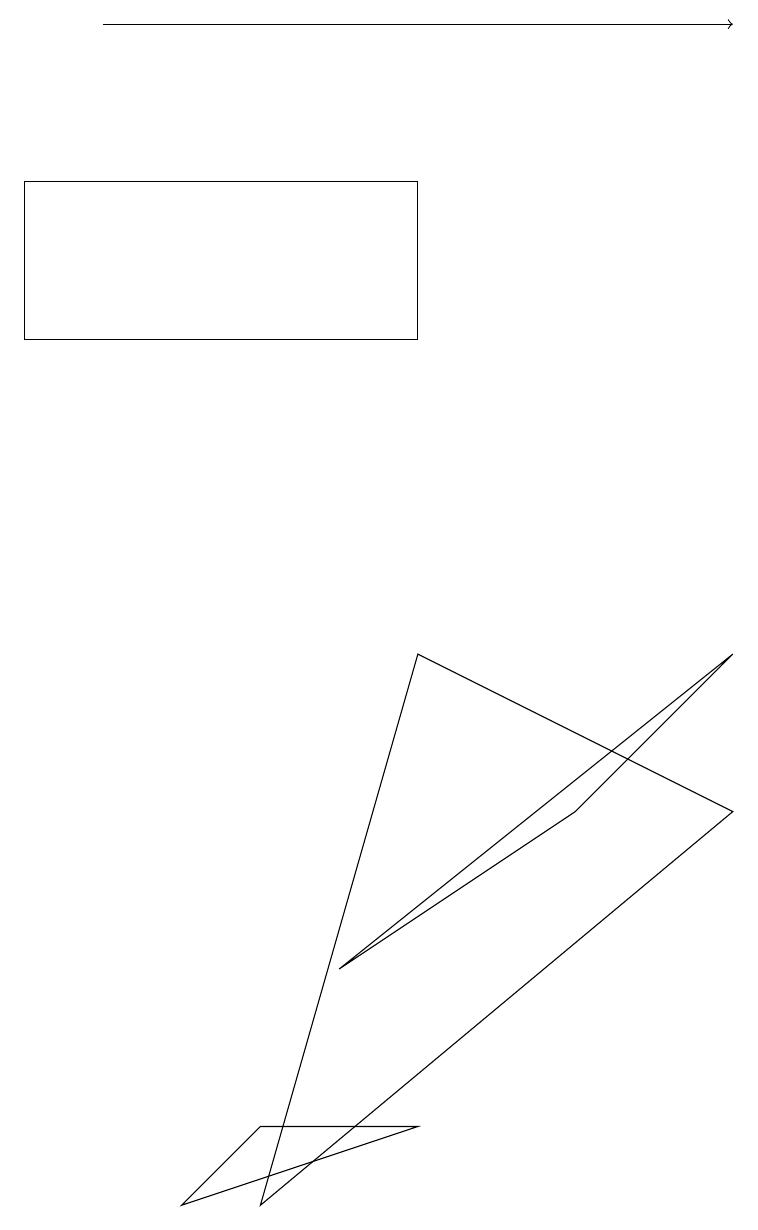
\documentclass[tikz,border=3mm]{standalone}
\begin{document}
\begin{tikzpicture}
\draw (4,4) -- (9,8) -- (7,6) -- cycle;
\draw (0,12) rectangle (5,14);
\draw (3,1) -- (5,8) -- (9,6) -- cycle;
\draw (3,2) -- (2,1) -- (5,2) -- cycle;
\draw[->] (1,16) -- (9,16);
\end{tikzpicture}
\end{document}